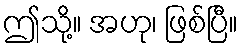
ဤသို့။ အဟု၊ ဖြစ်ပြီ။